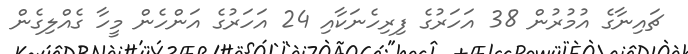
ޗައިނާގެ އުމުރުން 38 އަހަރުގެ ފިރިހެނަކާއި 24 އަހަރުގެ އަންހެން މީހާ ގެއްލިގެން